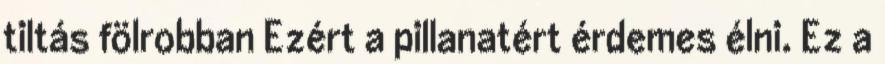
tiltás fölrobban Ezért a pillanatért érdemes élni. Ez a